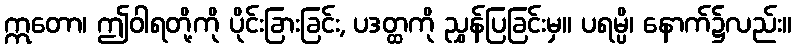
ဣတော၊ ဤဝါရတို့ကို ပိုင်းခြားခြင်း, ပဒတ္ထကို ညွှန်ပြခြင်းမှ။ ပရမ္ပိ၊ နောက်၌လည်း။